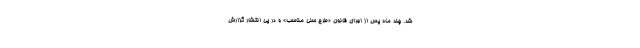
شد. چند ماه پس از اجرای قانون «طرح سنی مناسب» و در پی انتشار گزارش